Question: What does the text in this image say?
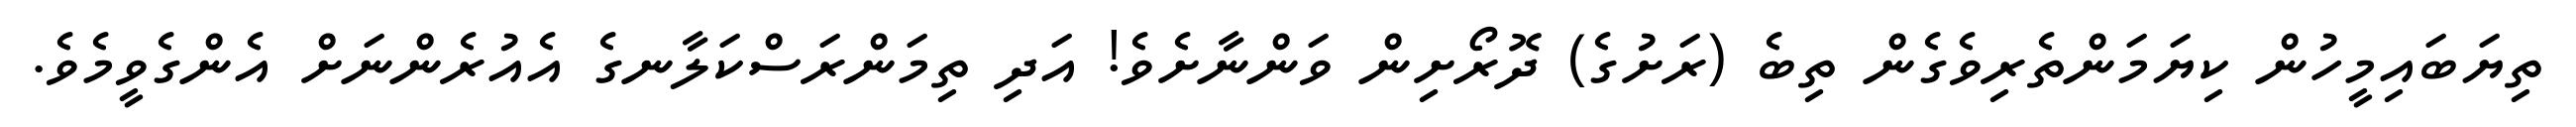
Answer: ތިޔަބައިމީހުން ކިޔަމަންތެރިވެގެން ތިބެ (ރަށުގެ) ދޮރޯށިން ވަންނާށެވެ! އަދި ތިމަންރަސްކަލާނގެ އެއުރެންނަށް އެންގެވީމެވެ.